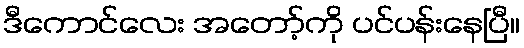
ဒီကောင်လေး အတော့်ကို ပင်ပန်းနေပြီ။